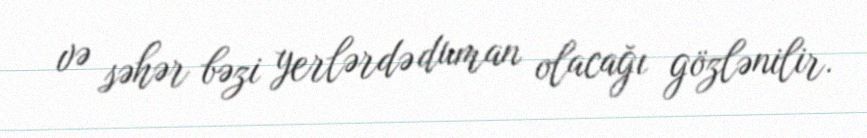
və səhər bəzi yerlərdə duman olacağı gözlənilir.